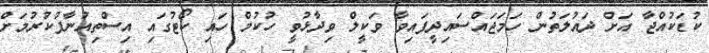
ކުޑަކުއްޖާ އަށް ދައުލަތުން ހަމަޖައްސައިދީފައިވާ ވަކީލް ވިދާޅުވީ ހުކުމް ހައި ކޯޓުގައި އިސްތިއުނާފުކުރުމަށް